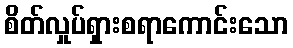
စိတ်လှုပ်ရှားစရာကောင်းသော